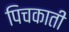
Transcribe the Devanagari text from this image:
पिचकाती